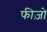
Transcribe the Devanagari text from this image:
फीज़ो